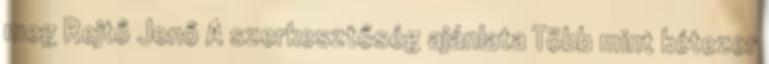
meg Rejtő Jenő A szerkesztőség ajánlata Több mint kétezer